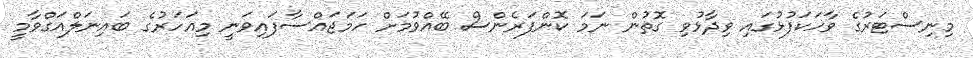
މިނިސްޓަރުގެ ވާހަކަފުޅުގައި ވިދާޅުވި ގޮތުން ނަމަ ކޮންފަރެންސް ބޭއްވުމަށް ހަމަޖައްސާފައިވަނީ މިއަހަރުގެ ބައިނަލްއަގްވާމީ